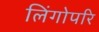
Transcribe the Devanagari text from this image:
लिंगोपरि